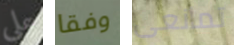
علي وفقا تمانعى